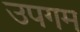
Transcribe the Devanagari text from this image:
उपगम